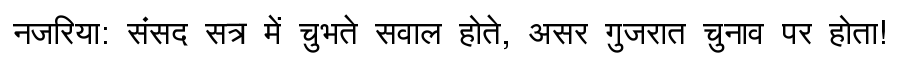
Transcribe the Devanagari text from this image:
नजरिया: संसद सत्र में चुभते सवाल होते, असर गुजरात चुनाव पर होता!